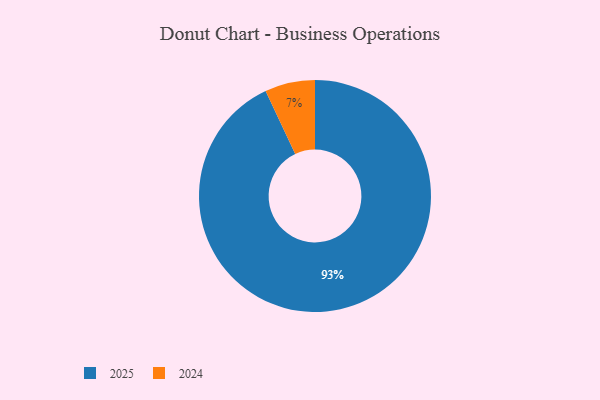
{"axis": {"x": "Category", "y": "Percentage"}, "legend": ["2024", "2025"], "data": [{"x": "2025", "y": 93, "type": "2025"}, {"x": "2024", "y": 7, "type": "2024"}]}